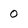
Character: 0